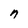
Character: n